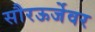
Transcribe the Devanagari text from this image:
सौरऊर्जेवर